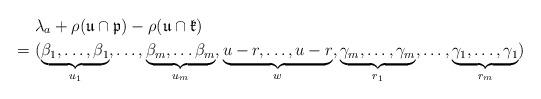
LaTeX: \begin{align*} & \lambda_{a}+\rho(\mathfrak{u}\cap\mathfrak{p})-\rho(\mathfrak{u}\cap\mathfrak{k})\\=\ & (\underbrace{\beta_{1},\dots,\beta_{1}}_{u_{1}},\dots,\underbrace{\beta_{m},\dots\beta_{m}}_{u_{m}},\underbrace{u-r,\dots,u-r}_{w},\underbrace{\gamma_{m},\dots,\gamma_{m}}_{r_{1}},\dots,\underbrace{\gamma_{1},\dots,\gamma_{1}}_{r_{m}})\end{align*}